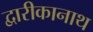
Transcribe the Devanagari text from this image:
द्वारीकानाथ